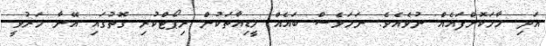
އަދި ހާމަކޮށްފައެއް ނުވެއެވެ. ނަމަވެސް ބައެއް މީޑިއާތަކުން ރިޕޯޓްކުރި ގޮތުގައި އޭނާ މަރުވީ